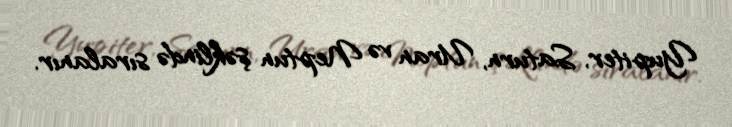
Yupiter, Saturn, Uran və Neptun şəklində sıralanır.